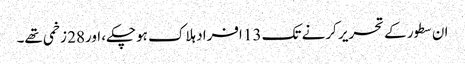
ان سطور کے تحریر کرنے تک 13 افراد ہلاک ہوچکے، اور28 زخمی تھے۔